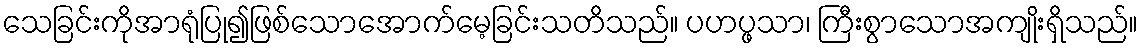
သေခြင်းကိုအာရုံပြု၍ဖြစ်သောအောက်မေ့ခြင်းသတိသည်။ ပဟပ္ဖသာ၊ ကြီးစွာသောအကျိုးရှိသည်။